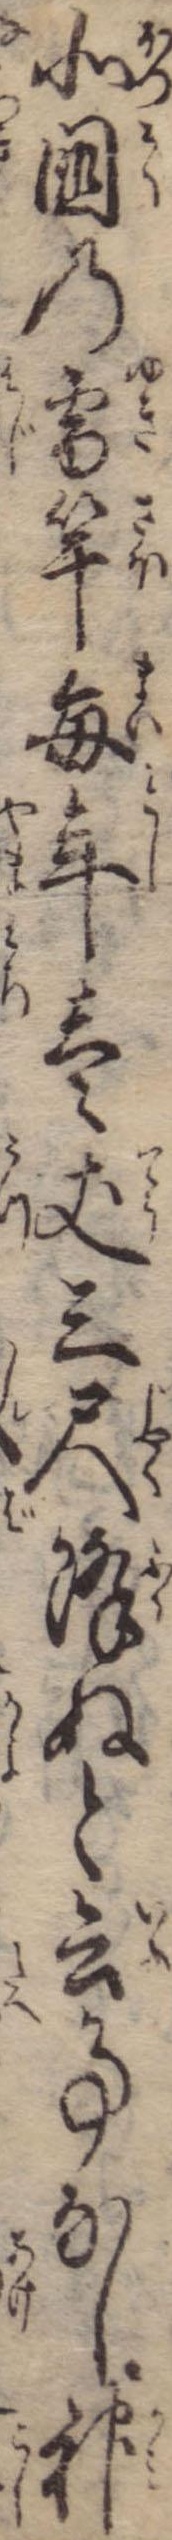
北国の雪竿毎年壱丈三尺降ぬと云事なし神